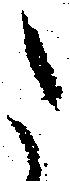
た